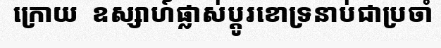
ក្រោយ  ឧស្សាហ៍ផ្លាស់ប្តូរខោទ្រនាប់ជាប្រចាំ